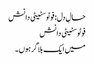
حالِ دل: فوٹوسٹیٹی دانش
فوٹوسٹیٹی دانش
میں ایک بلاگر ہوں۔